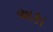
અકા